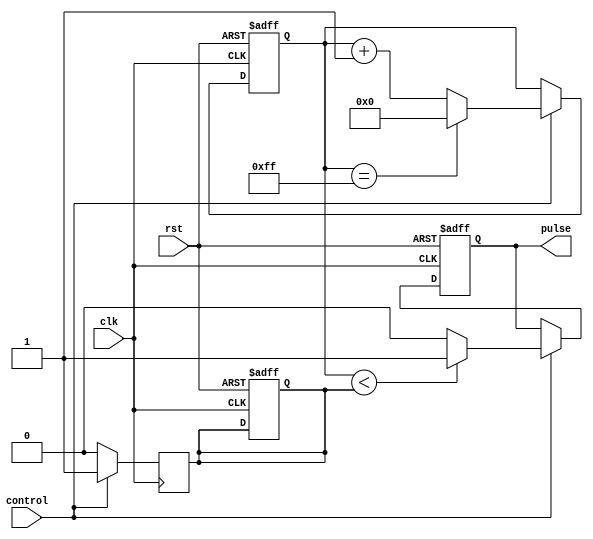
module VariablePulseWidthGenerator (
    input clk,
    input rst,
    input control,
    output reg pulse
);

reg [7:0] counter;
reg pulse_width;

always @(posedge clk or posedge rst) begin
    if (rst) begin
        counter <= 0;
        pulse_width <= 0;
        pulse <= 0;
    end else begin
        if (control) begin
            if (counter < pulse_width) begin
                pulse <= 1;
            end else begin
                pulse <= 0;
            end

            if (counter == 255) begin
                counter <= 0;
            end else begin
                counter <= counter + 1;
            end
        end
    end
end

always @(posedge clk) begin
    if (control) begin
        pulse_width <= 8'hFF; // Set pulse width to maximum
    end else begin
        pulse_width <= 8'h00; // Set pulse width to minimum
    end
end

endmodule